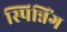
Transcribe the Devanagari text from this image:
स्पिन्निंग